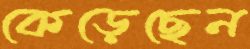
কেড়েছেন